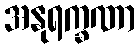
အနုရက္ခဏာ